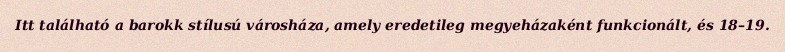
Itt található a barokk stílusú városháza, amely eredetileg megyeházaként funkcionált, és 18–19.